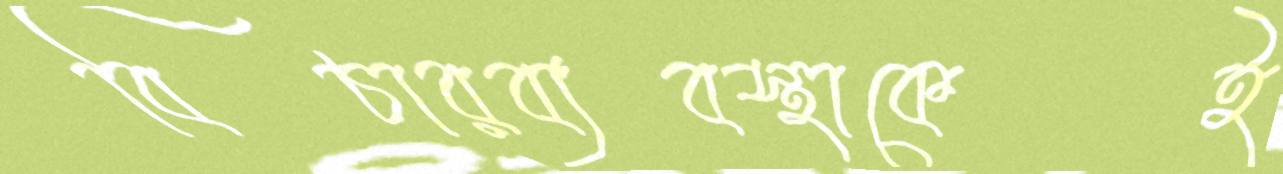
বিচারব্যবস্থাকেই